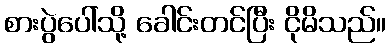
စားပွဲပေါ်သို့ ခေါင်းတင်ပြီး ငိုမိသည်။